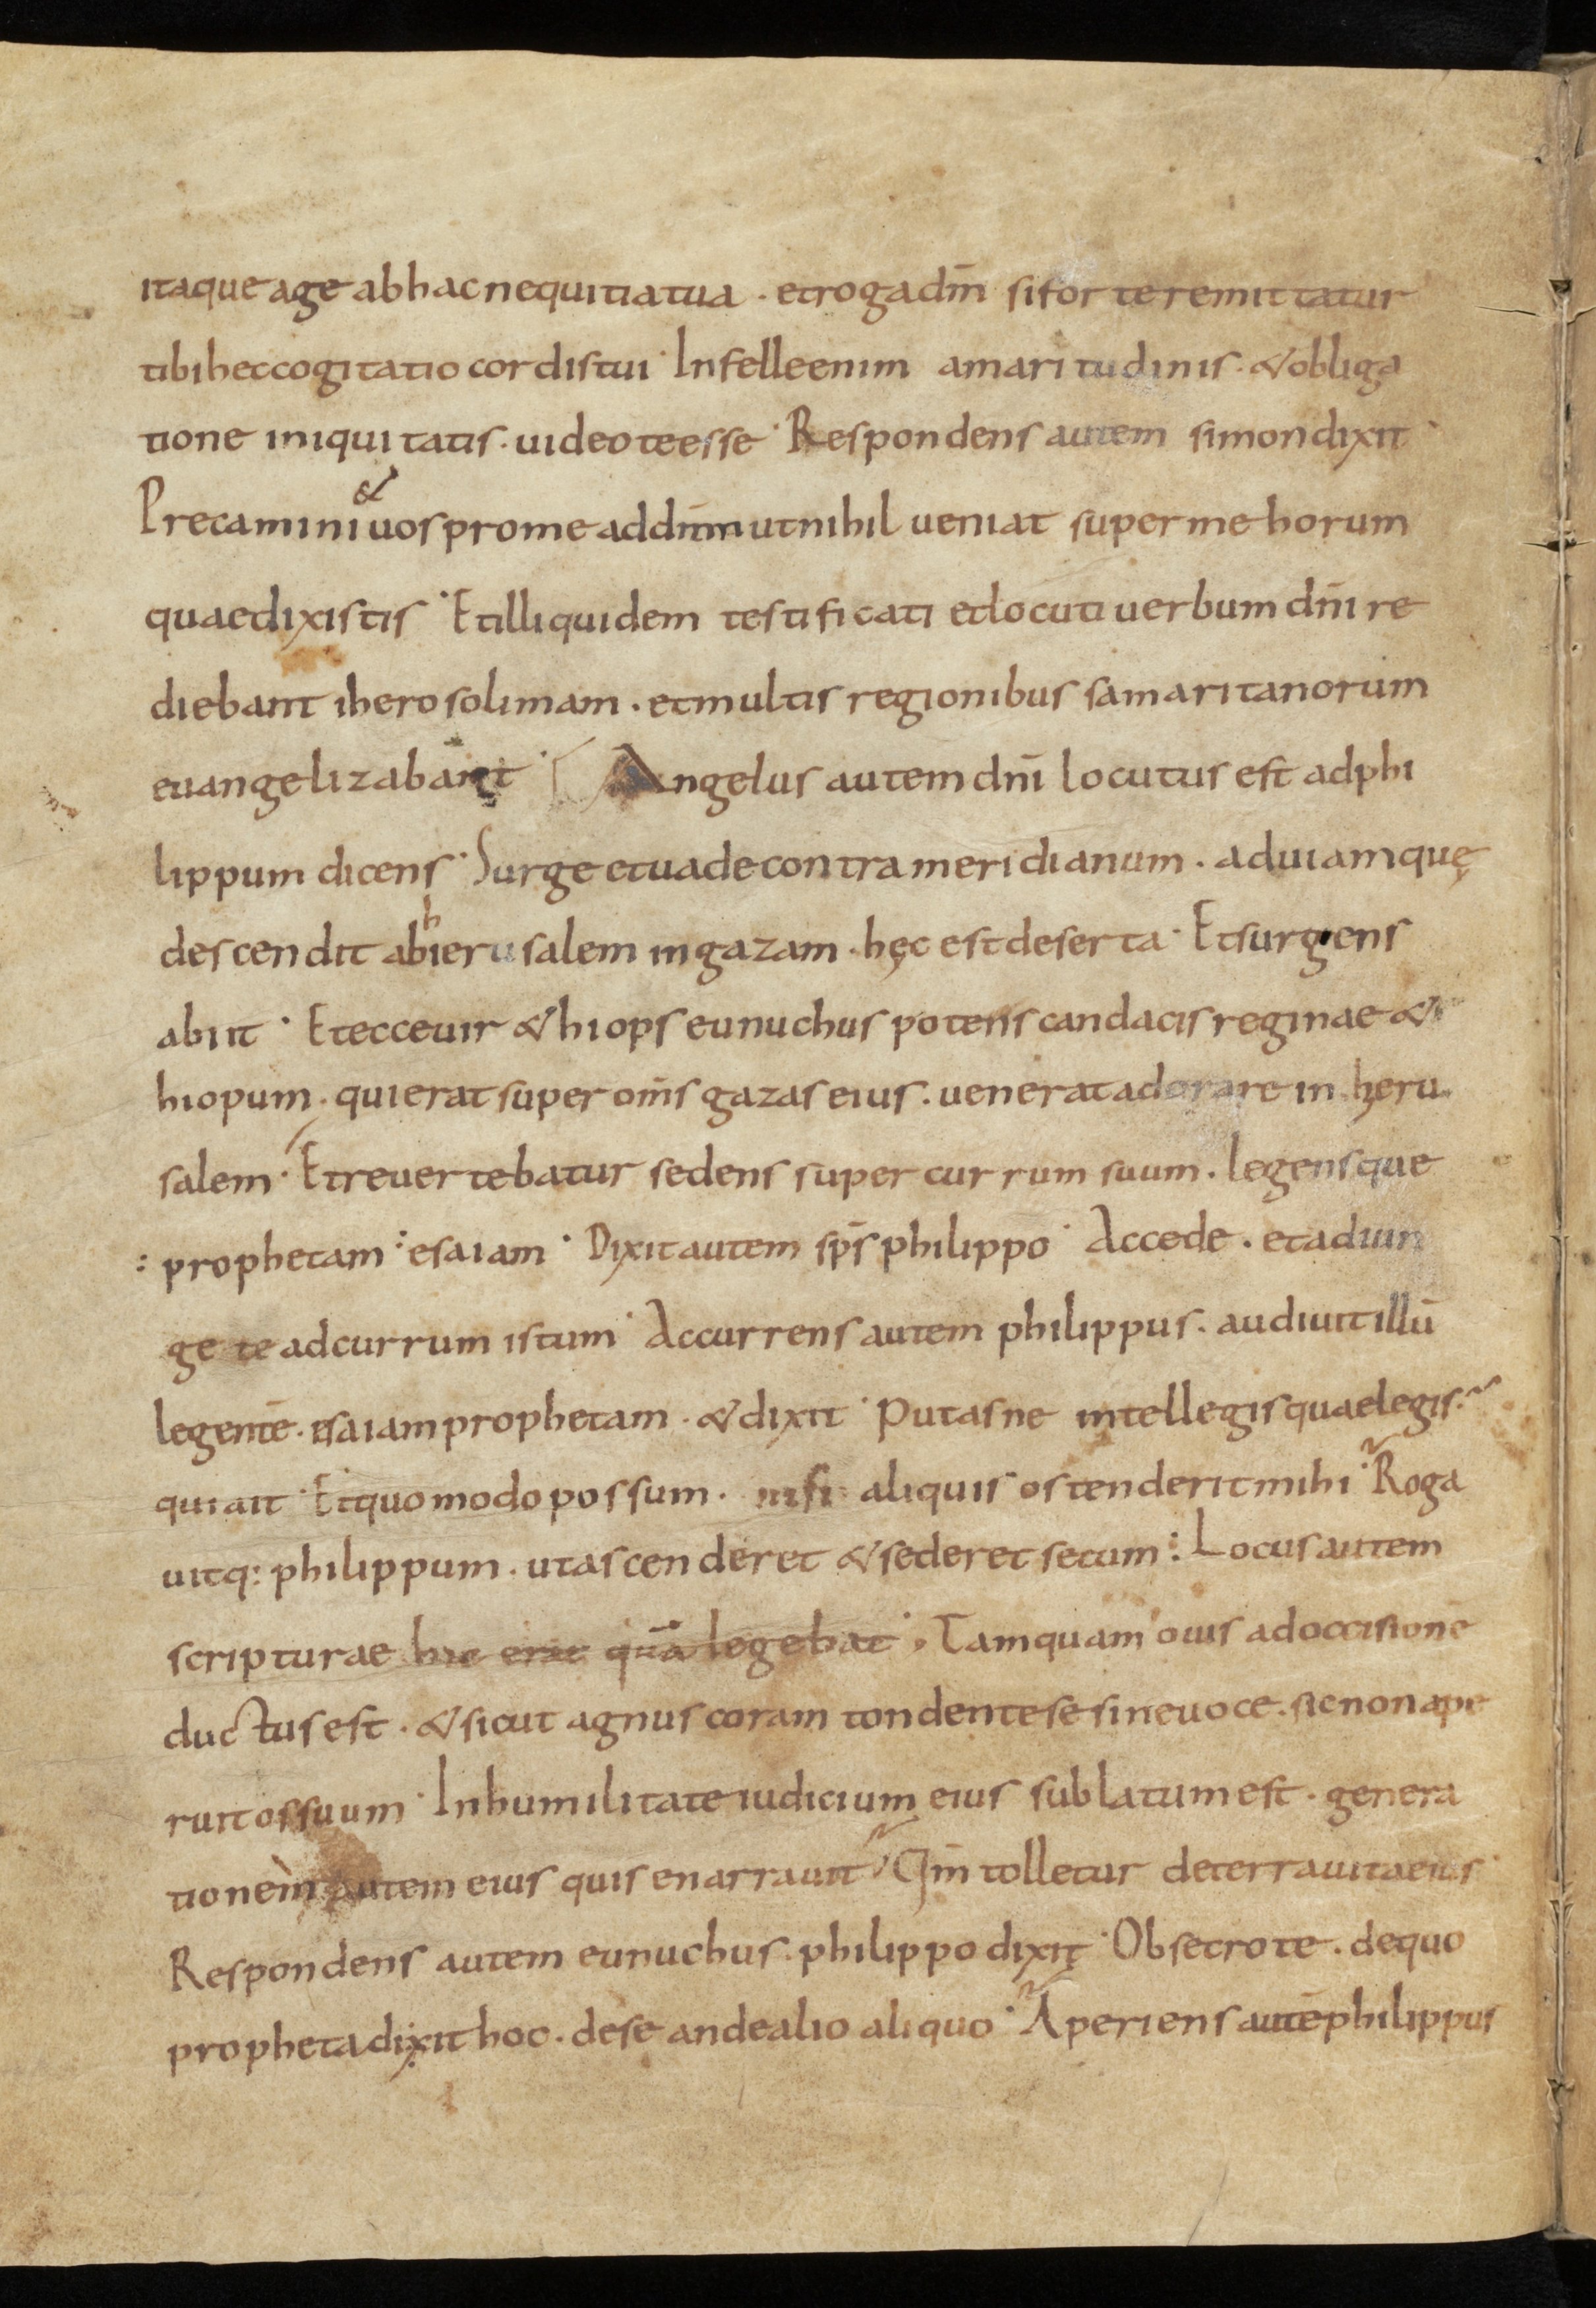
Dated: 800–999